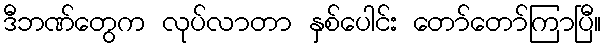
ဒီဘဏ်တွေက လုပ်လာတာ နှစ်ပေါင်း တော်တော်ကြာပြီ။